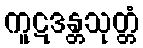
ကူဋဒန္တသုတ္တံ